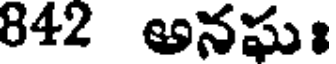
842 అనఘః